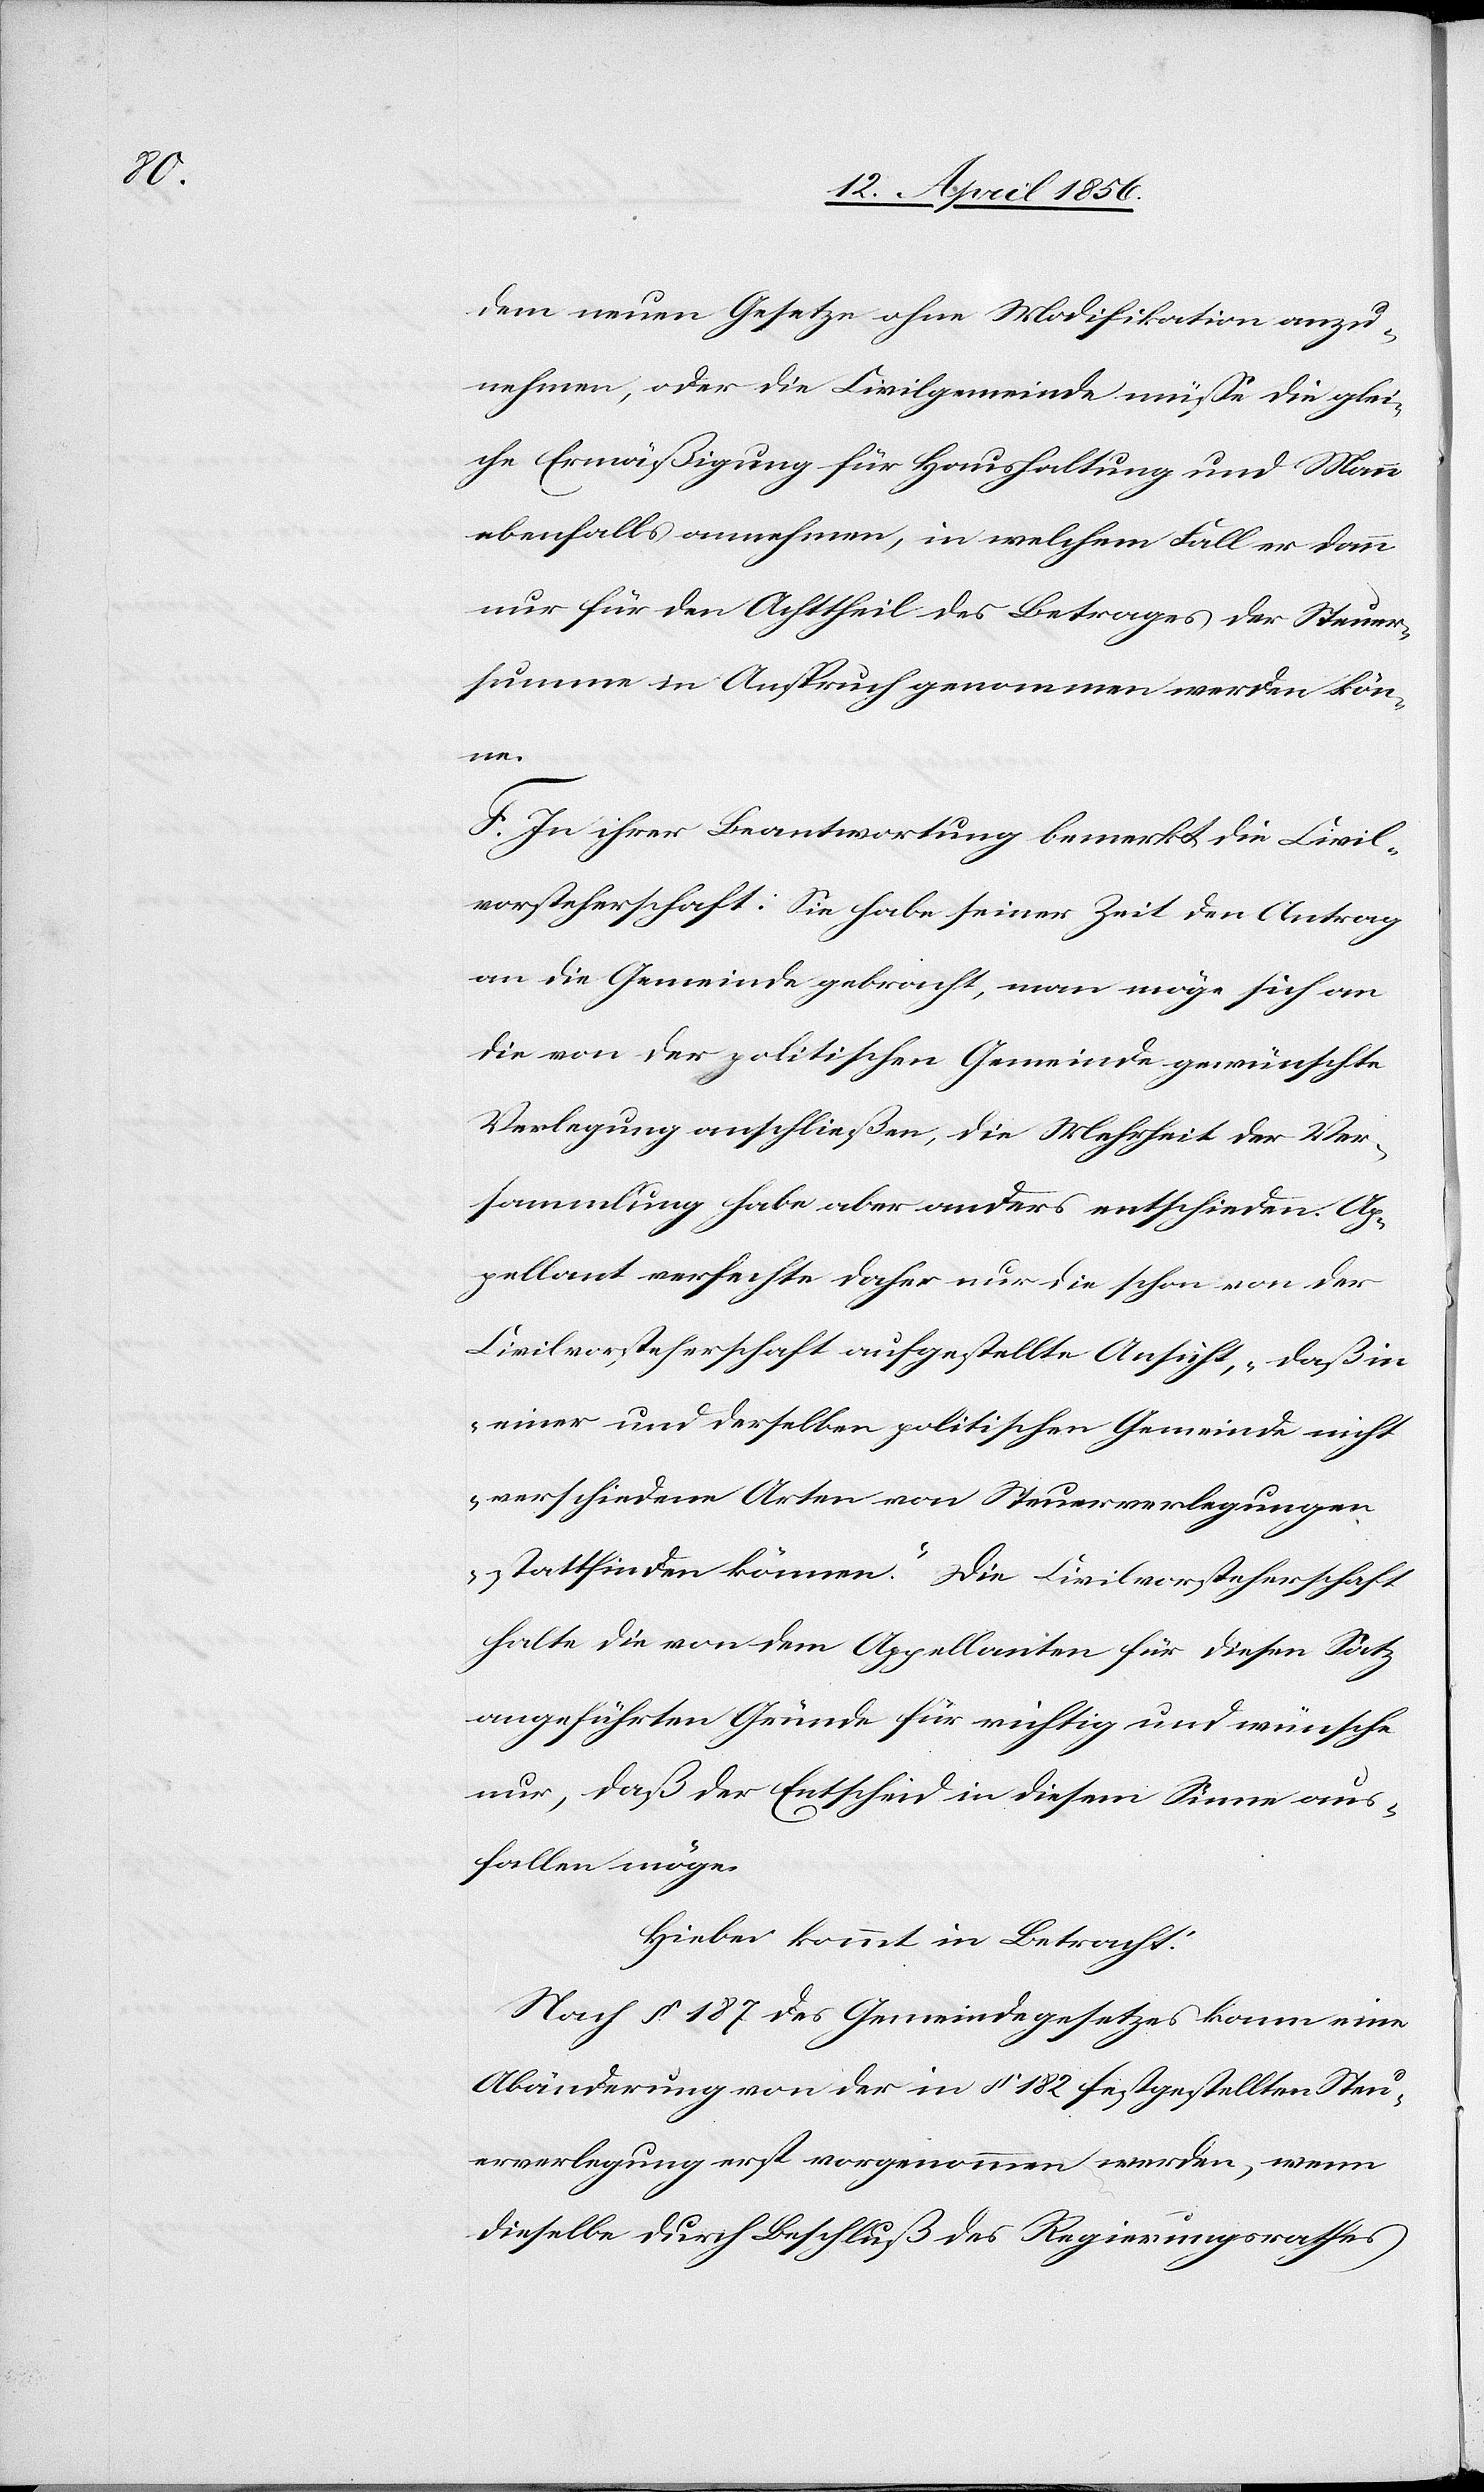
dem neuen Gesetze ohne Modifikation anzu¬
nehmen, oder die Civilgemeinde müsse die glei¬
che Ermäßigung für Haushaltung und Mann
ebenfalls annehmen, in welchem Fall er dann
nur für den Achttheil des Betrages der Steuer¬
summe in Anspruch genommen werden kön¬
ne.
F. In ihrer Beantwortung bemerkt die Civil¬
vorsteherschaft: Sie habe seiner Zeit den Antrag
an die Gemeinde gebracht, man möge sich an
die von der politischen Gemeinde gewünschte
Verlegung anschließen, die Mehrheit der Ver¬
sammlung habe aber anders entschieden. Ap¬
pellant verfechte daher nur die schon von der
Civilvorsteherschaft aufgestellte Ansicht, „daß in
einer und derselben politischen Gemeinde nicht
verschiedene Arten von Steuerverlegungen
stattfinden können.“ Die Civilvorsteherschaft
halte die von dem Appellanten für diesen Satz
angeführten Gründe für richtig und wünsche
nur, daß der Entscheid in diesem Sinne aus¬
fallen möge.
Hiebei kommt in Betracht:
Nach § 187 des Gemeindegesetzes kann eine
Abänderung von der in § 182 festgehaltenen Steu¬
erverlegung erst vorgenommen werden, wenn
dieselbe durch Beschluß des Regierungsrathes